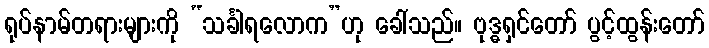
ရုပ်နာမ်တရားများကို “သင်္ခါရလောက”ဟု ခေါ်သည်။ ဗုဒ္ဓရှင်တော် ပွင့်ထွန်းတော်